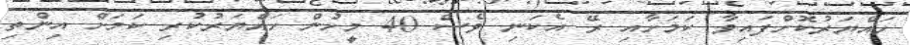
ހައްޔަރުކޮށްފައިވާ ކަމަށާއި ރޭ އެކަނި ވެސް 40 މީހުން ހައްޔަރުކުރި ކަމަށް އިންތި